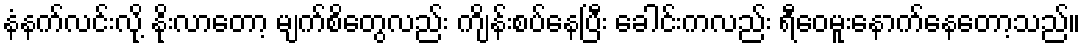
နံနက်လင်းလို့ နိုးလာတော့ မျက်စိတွေလည်း ကျိန်းစပ်နေပြီး ခေါင်းကလည်း ရီဝေမူးနောက်နေတော့သည်။